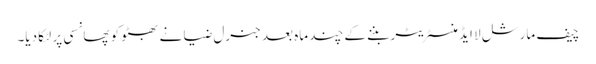
چیف مارشل لا ایڈمنسٹریٹر بننے کے چند ماہ بعد جنرل ضیا نے بھٹو کو پھانسی پر لٹکا دیا۔